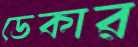
ডেকার